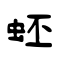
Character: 蚽